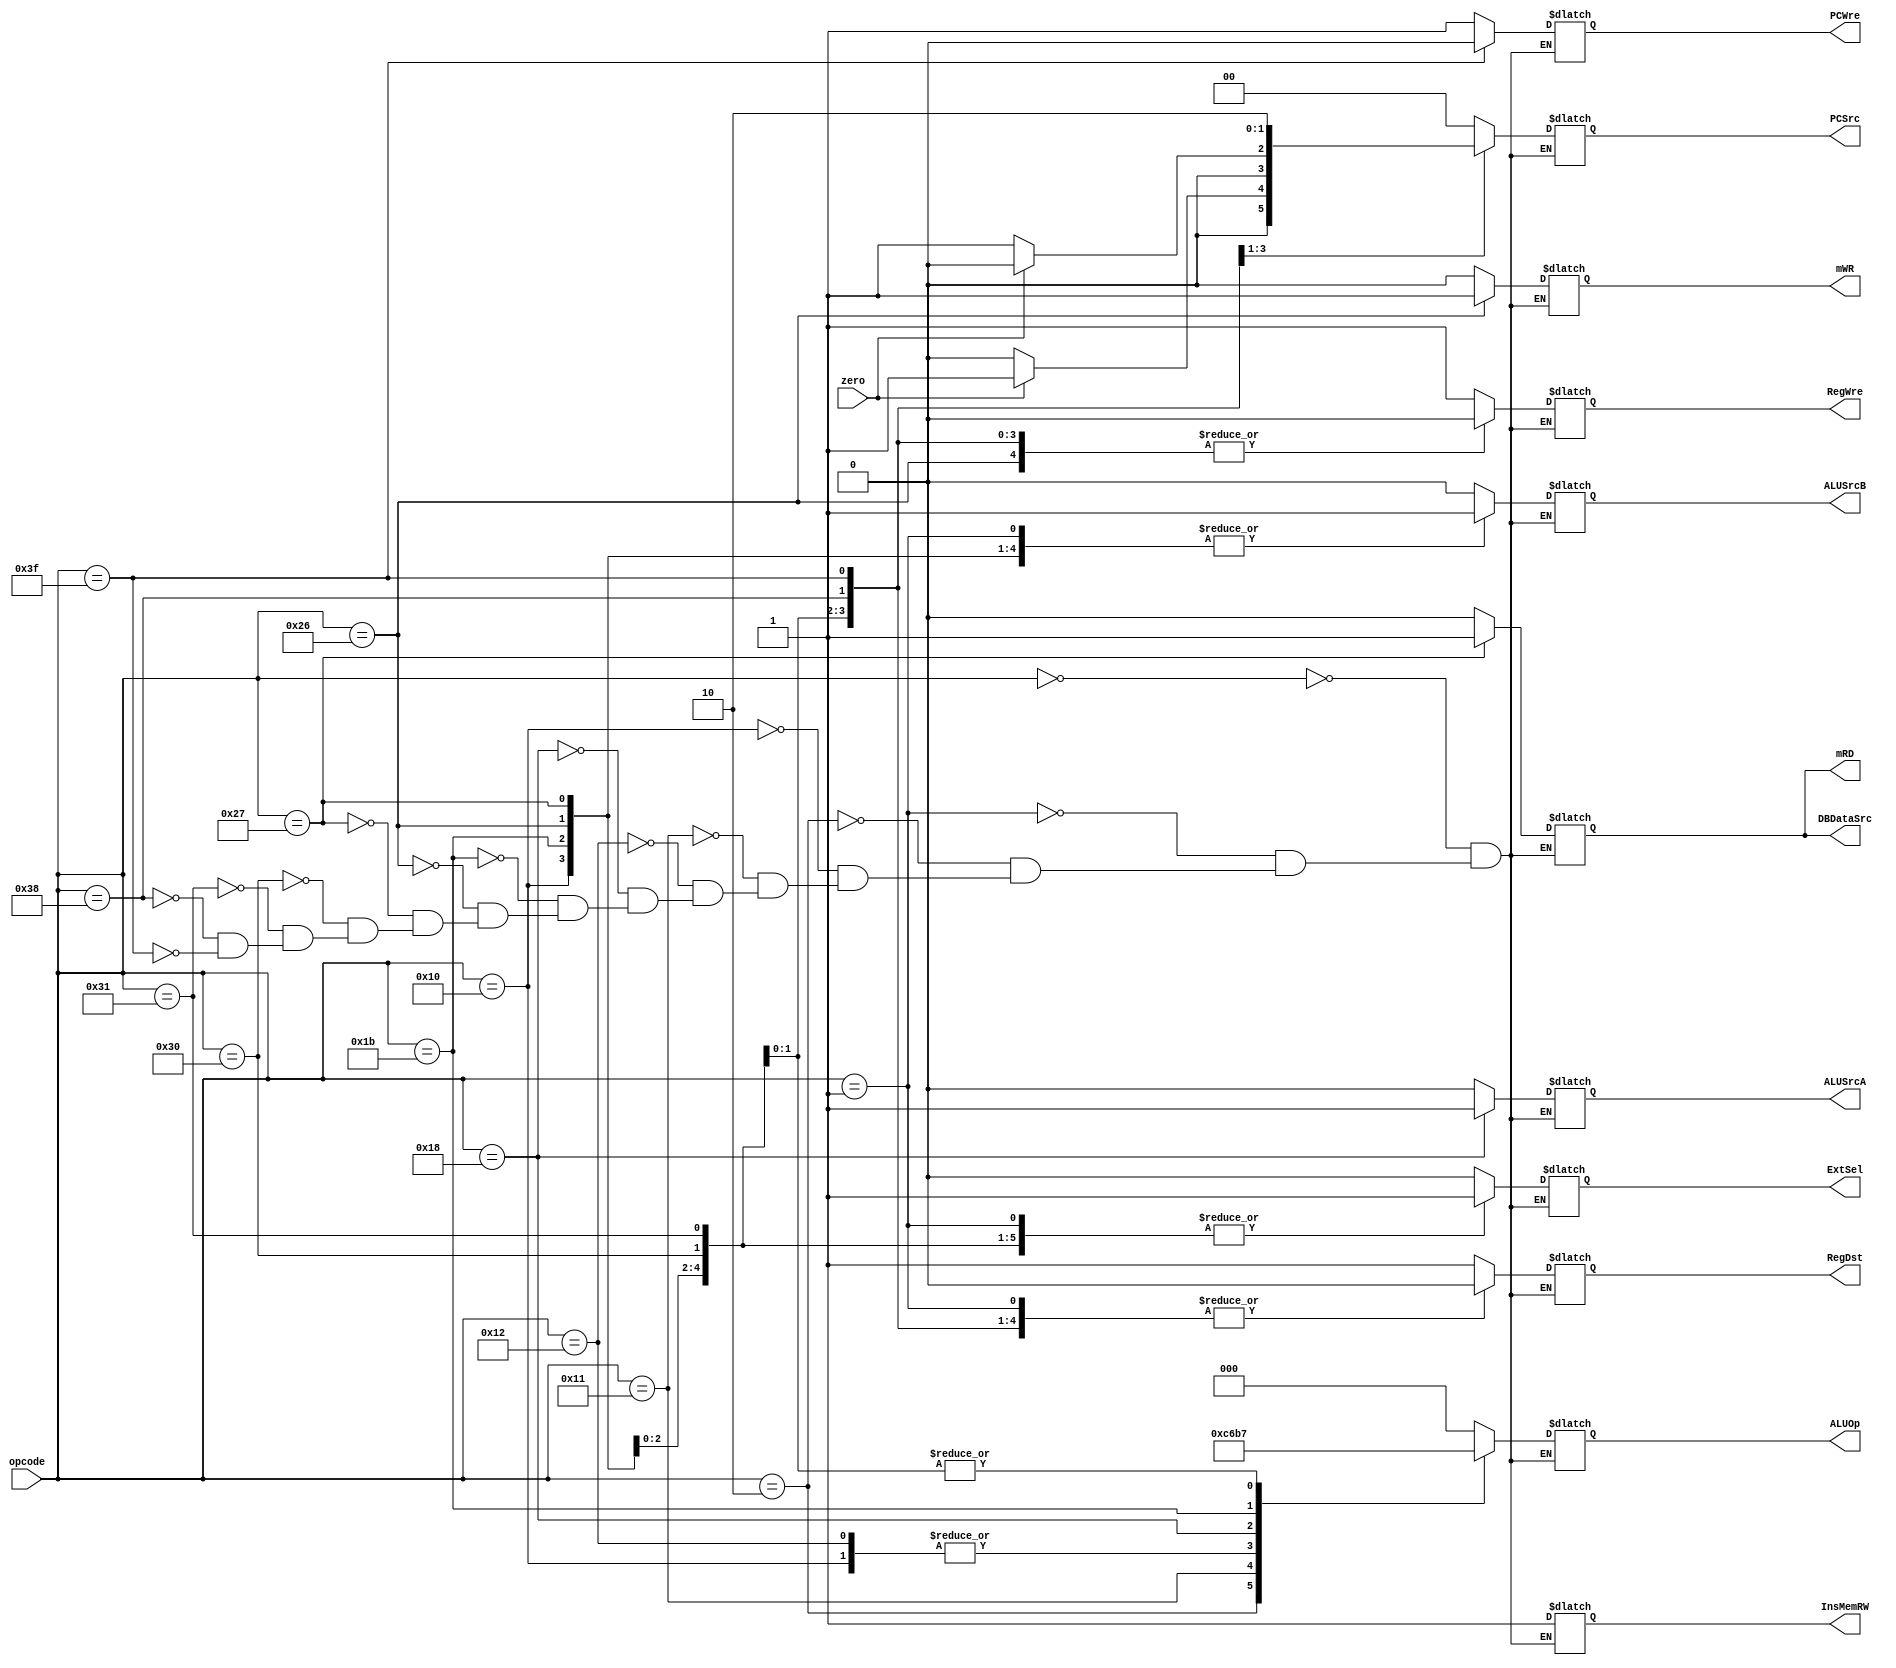
`timescale 1ns / 1ps
//////////////////////////////////////////////////////////////////////////////////
// Company: 
// Engineer: 
// 
// Design Name: 
// Module Name: ControlUnit
// Project Name: 
// Target Devices: 
// Tool Versions: 
// Description: 
// 
// Dependencies: 
// 
// Revision:
// Revision 0.01 - File Created
// Additional Comments:
// 
//////////////////////////////////////////////////////////////////////////////////


module ControlUnit(opcode, zero, PCWre, InsMemRW, RegDst, RegWre, ALUOp, PCSrc, ALUSrcA, ALUSrcB, mRD, mWR, DBDataSrc, ExtSel);
    input [5:0] opcode;
    input zero;
    output reg PCWre;
    output reg InsMemRW;
    output reg RegDst;
    output reg RegWre;
    output reg [2:0] ALUOp;
    output reg [1:0] PCSrc;
    output reg ALUSrcA;
    output reg ALUSrcB;
    output reg mRD;
    output reg mWR;
    output reg DBDataSrc;
    output reg ExtSel;
    
    initial begin 
        PCWre = 1;        
        InsMemRW = 1; 
        RegDst = 1;
        RegWre = 0;
        ALUOp = 3'b000;
        PCSrc = 2'b00;
        ALUSrcA = 0;
        ALUSrcB = 0;
        mRD = 0;
        mWR = 0;
        DBDataSrc = 0;
        ExtSel = 0;
    end
	
	always @(opcode or zero) begin 
		case (opcode)
			6'b000000 : begin			//1. add 
				PCWre = 1;  
				ALUSrcA = 0;
                ALUSrcB = 0; 
                DBDataSrc = 0;   
                RegWre = 1;  
                InsMemRW = 1; 
                mRD = 0;
                mWR = 0;
                RegDst = 1;
                ExtSel = 0;
                PCSrc = 2'b00;
                ALUOp = 3'b000;            
			end
			
			6'b000001 : begin			//2.addi
				PCWre = 1;  
				ALUSrcA = 0;
                ALUSrcB = 1; 
                DBDataSrc = 0;   
                RegWre = 1;  
                InsMemRW = 1; 
                mRD = 0;
                mWR = 0;
                RegDst = 0;
                ExtSel = 1;
                PCSrc = 2'b00;
                ALUOp = 3'b000;            
			end
			
			6'b000010 : begin			//3.sub
				PCWre = 1;  
				ALUSrcA = 0;
                ALUSrcB = 0; 
                DBDataSrc = 0;   
                RegWre = 1;  
                InsMemRW = 1; 
                mRD = 0;
                mWR = 0;
                RegDst = 1;
                ExtSel = 0;
                PCSrc = 2'b00;
                ALUOp = 3'b001;            
			end
			
			6'b010000 : begin			//4. ori
				PCWre = 1;  
				ALUSrcA = 0;
                ALUSrcB = 1; 
                DBDataSrc = 0;   
                RegWre = 1;  
                InsMemRW = 1; 
                mRD = 0;
                mWR = 0;
                RegDst = 0;
                ExtSel = 0;
                PCSrc = 2'b00;
                ALUOp = 3'b011;            
			end
			
			6'b010001 : begin			//5.and
				PCWre = 1;  
				ALUSrcA = 0;
                ALUSrcB = 0; 
                DBDataSrc = 0;   
                RegWre = 1;  
                InsMemRW = 1; 
                mRD = 0;
                mWR = 0;
                RegDst = 1;
                ExtSel = 0;
                PCSrc = 2'b00;
                ALUOp = 3'b100;            
			end
			
			6'b010010 : begin			//6. or
				PCWre = 1;  
				ALUSrcA = 0;
                ALUSrcB = 0; 
                DBDataSrc = 0;   
                RegWre = 1;  
                InsMemRW = 1; 
                mRD = 0;
                mWR = 0;
                RegDst = 1;
                ExtSel = 0;
                PCSrc = 2'b00;
                ALUOp = 3'b011;            
			end
			
			6'b011000 : begin			//7.sll
				PCWre = 1;  
				ALUSrcA = 1;
                ALUSrcB = 0; 
                DBDataSrc = 0;   
                RegWre = 1;  
                InsMemRW = 1; 
                mRD = 0;
                mWR = 0;
                RegDst = 1;
                ExtSel = 0;
                PCSrc = 2'b00;
                ALUOp = 3'b010;            
			end
			
			6'b011011 : begin			//8. slti
				PCWre = 1;  
				ALUSrcA = 0;
                ALUSrcB = 1; 
                DBDataSrc = 0;   
                RegWre = 1;  
                InsMemRW = 1; 
                mRD = 0;
                mWR = 0;
                RegDst = 0;
                ExtSel = 1;
                PCSrc = 2'b00;
                ALUOp = 3'b110;            
			end
			
			6'b100110 : begin			//9. sw
				PCWre = 1;  
				ALUSrcA = 0;
                ALUSrcB = 1; 
                DBDataSrc = 0;   
                RegWre = 0;  
                InsMemRW = 1; 
                mRD = 0;
                mWR = 1;
                RegDst = 0;
                ExtSel = 1;
                PCSrc = 2'b00;
                ALUOp = 3'b000;            
			end
			
			6'b100111 : begin			//10. lw
				PCWre = 1;  
				ALUSrcA = 0;
                ALUSrcB = 1; 
                DBDataSrc = 1;   
                RegWre = 1;  
                InsMemRW = 1; 
                mRD = 1;
                mWR = 0;
                RegDst = 0;
                ExtSel = 1;
                PCSrc = 2'b00;
                ALUOp = 3'b000;            
			end
			
			6'b110000 : begin			//11. beq
				PCWre = 1;  
				ALUSrcA = 0;
                ALUSrcB = 0; 
                DBDataSrc = 0;   
                RegWre = 0;  
                InsMemRW = 1; 
                mRD = 0;
                mWR = 0;
                RegDst = 0;
                ExtSel = 1;
                PCSrc = (zero==0)?2'b00:2'b01;
                ALUOp = 3'b111;            
			end
			
			6'b110001 : begin			//12.bne
				PCWre = 1;  
				ALUSrcA = 0;
                ALUSrcB = 0; 
                DBDataSrc = 0;   
                RegWre = 0;  
                InsMemRW = 1; 
                mRD = 0;
                mWR = 0;
                RegDst = 0;
                ExtSel = 1;
                PCSrc = (zero==0)?2'b01:2'b00;
                ALUOp = 3'b111;            
			end
			
			6'b111000 : begin			//13.j
				PCWre = 1;  
				ALUSrcA = 0;
                ALUSrcB = 0; 
                DBDataSrc = 0;   
                RegWre = 0;  
                InsMemRW = 1; 
                mRD = 0;
                mWR = 0;
                RegDst = 0;
                ExtSel = 0;
                PCSrc = 10;
                ALUOp = 3'b000;            
			end
			
			6'b111111 : begin			//14.halt
				PCWre = 0;  
				ALUSrcA = 0;
                ALUSrcB = 0; 
                DBDataSrc = 0;   
                RegWre = 0;  
                InsMemRW = 1; 
                mRD = 0;
                mWR = 0;
                RegDst = 0;
                ExtSel = 0;
                PCSrc = 00;
                ALUOp = 3'b000;            
			end
			
		endcase
	end
	
    
endmodule